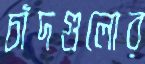
চাঁদগুলোর